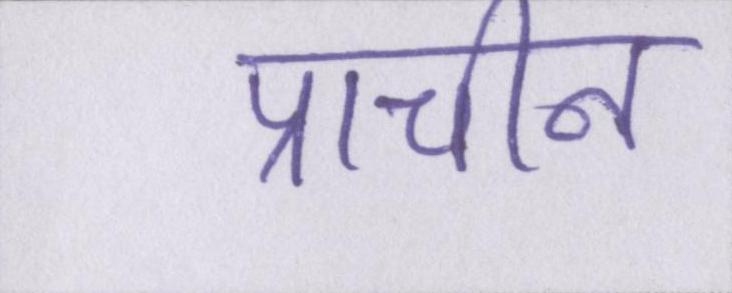
प्राचीन